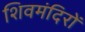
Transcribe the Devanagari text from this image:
शिवमंदिरों